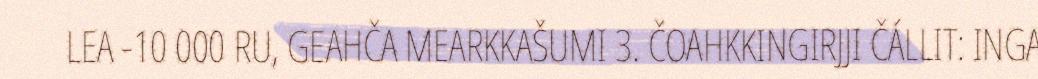
LEA -10 000 RU, GEAHČA MEARKKAŠUMI 3. ČOAHKKINGIRJJI ČÁLLIT: INGA